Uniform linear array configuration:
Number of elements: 16
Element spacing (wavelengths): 0.5
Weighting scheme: blackman
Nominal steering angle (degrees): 30
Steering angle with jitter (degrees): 30.5
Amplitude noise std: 0.05
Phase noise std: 0.05

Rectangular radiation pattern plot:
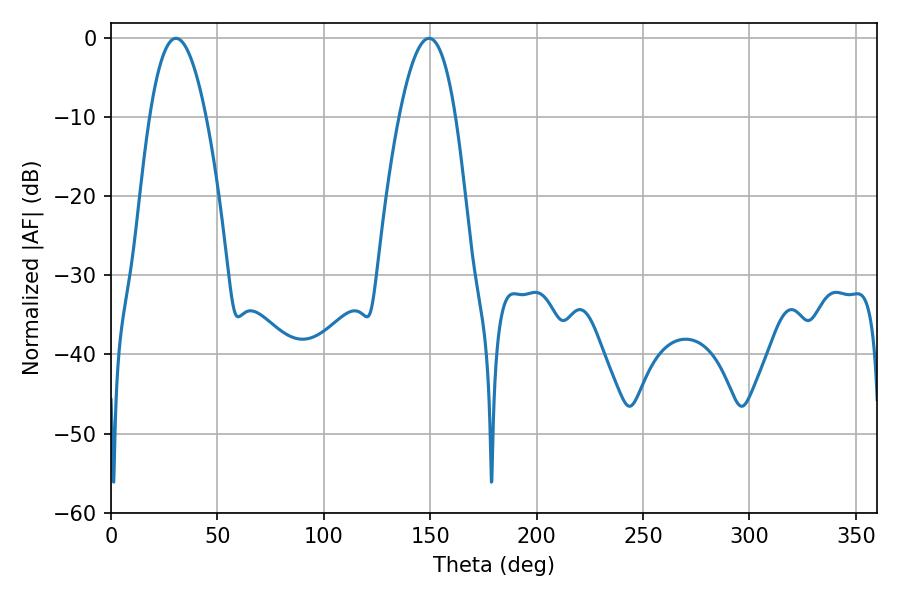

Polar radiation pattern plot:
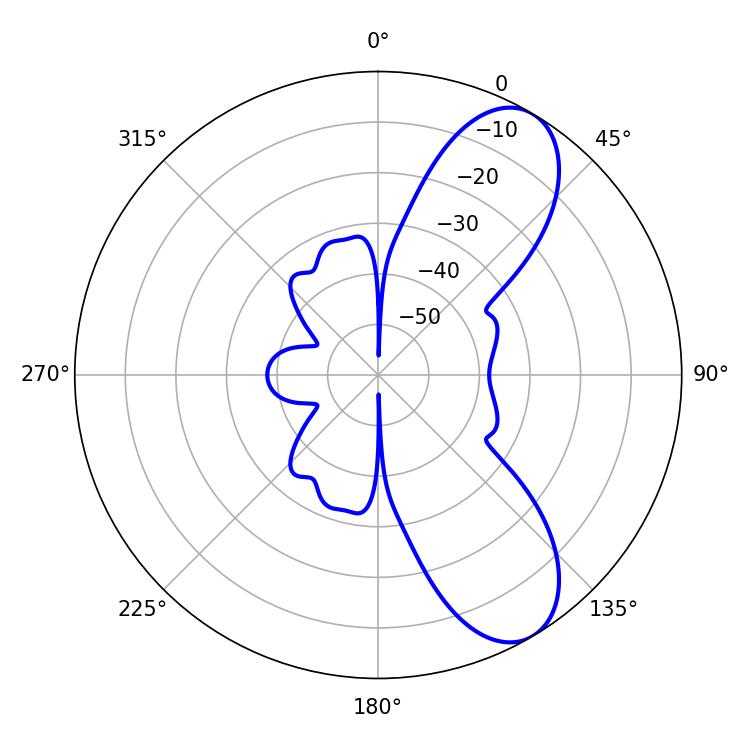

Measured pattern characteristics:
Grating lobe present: FALSE
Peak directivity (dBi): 8.539
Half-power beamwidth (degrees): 14.58
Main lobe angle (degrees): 30.6